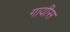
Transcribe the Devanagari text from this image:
गायीस